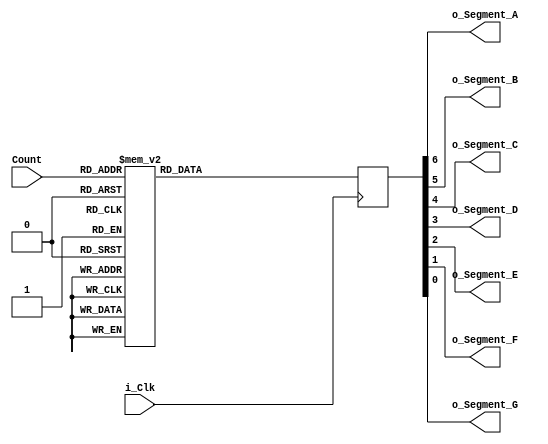
`timescale 1ns / 1ps

// Seven Segment Display Sub Module

module Seven_Segment_Sub_Module
(
input i_Clk,			//Clock
input [3:0] Count,		//State Counter
output o_Segment_A,		//These are the Segments of one digit, Seven Segment Display
output o_Segment_B,	
output o_Segment_C,
output o_Segment_D,	
output o_Segment_E,
output o_Segment_F,
output o_Segment_G				
);

reg [6:0] Display = 0; //Variable for the Segment display

/*
Nexys 4 DDR Board Seven Segment Display
--------------------------------------------------------------------------------------------------------------------------------------
On every segment, there is one common anode which is considered as high.
So in order to light a segment, you need to pull the cathode to low.
On assigning stage we are assigning each segment to one bit of Display array which means MSB of a binary number will be "a" and LSB of
same binary number will be "g" --> abcdefg
For instance, in the first state All segments will lightened up except "g", which makes seven segment display, displays a "0".
*/

always@(posedge i_Clk)
	begin
		case(Count)
			4'b0000: Display <= 7'b0000001;		//0
			4'b0001: Display <= 7'b1001111;		//1		
			4'b0010: Display <= 7'b0010010;		//2 	
			4'b0011: Display <= 7'b0000110; 	//3
			4'b0100: Display <= 7'b1001100; 	//4
			4'b0101: Display <= 7'b0100100; 	//5
			4'b0110: Display <= 7'b0100000; 	//6
			4'b0111: Display <= 7'b0001111; 	//7
			4'b1000: Display <= 7'b0000000; 	//8 
			4'b1001: Display <= 7'b0000100;		//9
			4'b1010: Display <= 7'b0000010;		//A
			4'b1011: Display <= 7'b1100000;		//B		
			4'b1100: Display <= 7'b0110001;		//C
			4'b1101: Display <= 7'b1000010;		//D
			4'b1110: Display <= 7'b0110000;		//E
			4'b1111: Display <= 7'b0111000;		//F
			default: Display <= 7'b0000001;		//0 	
		endcase
	end

assign o_Segment_A = Display[6];				//Segment A
assign o_Segment_B = Display[5];				//Segment B
assign o_Segment_C = Display[4];				//Segment C
assign o_Segment_D = Display[3];				//Segment D
assign o_Segment_E = Display[2];				//Segment E
assign o_Segment_F = Display[1];				//Segment F
assign o_Segment_G = Display[0];				//Segment G


endmodule